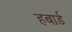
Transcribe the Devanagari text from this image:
हबार्ड